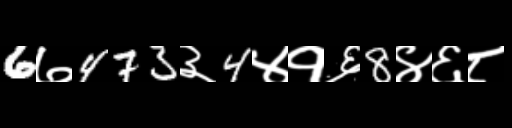
Text: 6७473३4४१६8४६८